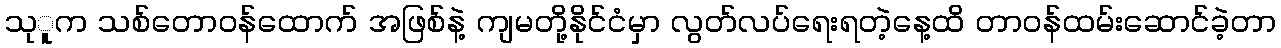
သုူက သစ်တောဝန်ထောက် အဖြစ်နဲ့ ကျမတို့နိုင်ငံမှာ လွတ်လပ်ရေးရတဲ့နေ့ထိ တာဝန်ထမ်းဆောင်ခဲ့တာ